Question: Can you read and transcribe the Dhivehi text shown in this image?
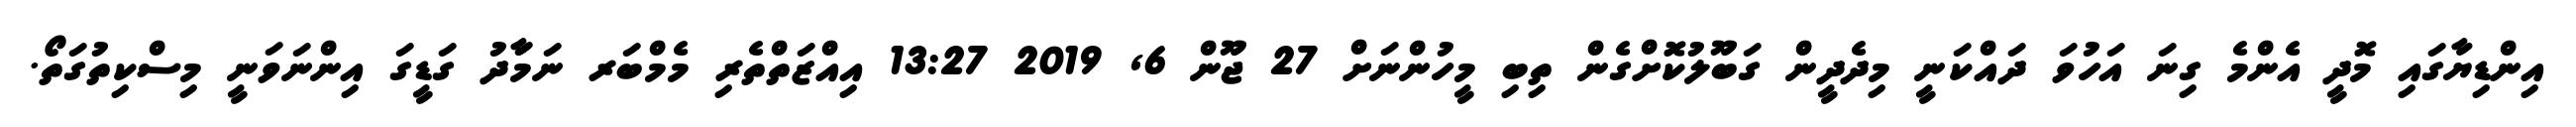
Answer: އިންޑިޔާގައި މޮދީ އެންމެ ގިނަ އަހުވަ ދައްކަނީ މިދެދީން ގަބޫލުކޮށްގެން ތިބި މީހުންނަށް 27 ޖޫން 6, 2019 13:27 އިއްޒަތްތެރި މެމްބަރ ނަމަާދު ގަޑީގަ އިންނަވަނީ މިސްކިތުގަތޯ.